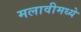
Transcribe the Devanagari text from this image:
मलावीमध्ये